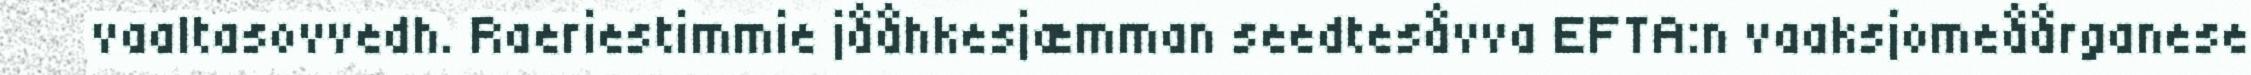
vaaltasovvedh. Raeriestimmie jååhkesjæmman seedtesåvva EFTA:n vaaksjomeåårganese